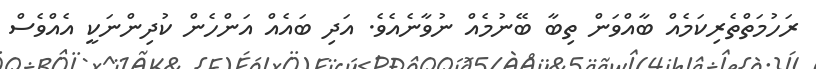
ރަހުމަތްތެރިކަމެއް ބާއްވަން ތިބާ ބޭނުމެއް ނުވާނެއެވެ. އަދި ބައެއް އަންހެން ކުދިންނަކީ އެއްވެސް